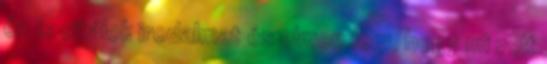
én is citálok irodalmat és elmondom, hogy mi volt